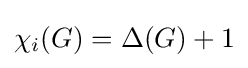
\chi _{i}(G)=\Delta (G)+1